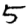
Digit: 5